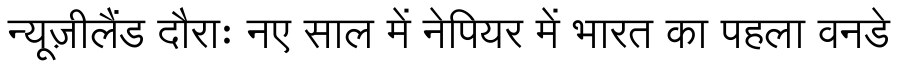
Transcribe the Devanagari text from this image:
न्यूज़ीलैंड दौराः नए साल में नेपियर में भारत का पहला वनडे